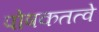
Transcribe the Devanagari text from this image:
पोषकतत्वे